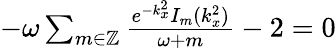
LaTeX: \begin{array}{r}{-\omega\sum_{m\in\mathbb Z}\frac{e^{-k_{x}^{2}}I_{m}(k_{x}^{2})}{\omega+m}-2=0}\end{array}